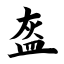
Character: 盔